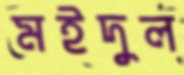
মইদুল